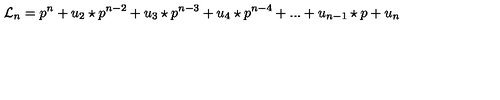
{ \mathcal L } _ { n } = p ^ { n } + u _ { 2 } \star p ^ { n - 2 } + u _ { 3 } \star p ^ { n - 3 } + u _ { 4 } \star p ^ { n - 4 } + . . . + u _ { n - 1 } \star p + u _ { n } \,